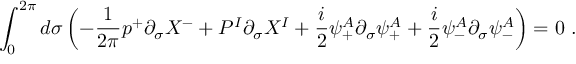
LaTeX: \int _ { 0 } ^ { 2 \pi } d \sigma \left( - \frac { 1 } { 2 \pi } p ^ { + } \partial _ { \sigma } X ^ { - } + { \cal P } ^ { I } \partial _ { \sigma } X ^ { I } + \frac { i } { 2 } \psi _ { + } ^ { A } \partial _ { \sigma } \psi _ { + } ^ { A } + \frac { i } { 2 } \psi _ { - } ^ { A } \partial _ { \sigma } \psi _ { - } ^ { A } \right) = 0 ~ .